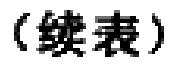
（续表）